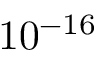
1 0 ^ { - 1 6 }